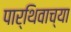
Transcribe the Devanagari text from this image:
पार्थिवाच्या